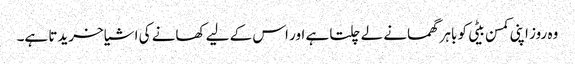
وہ روز اپنی کمسن بیٹی کو باہر گھمانے لے چلتا ہے اور اس کے لیے کھانے کی اشیا خریدتا ہے۔